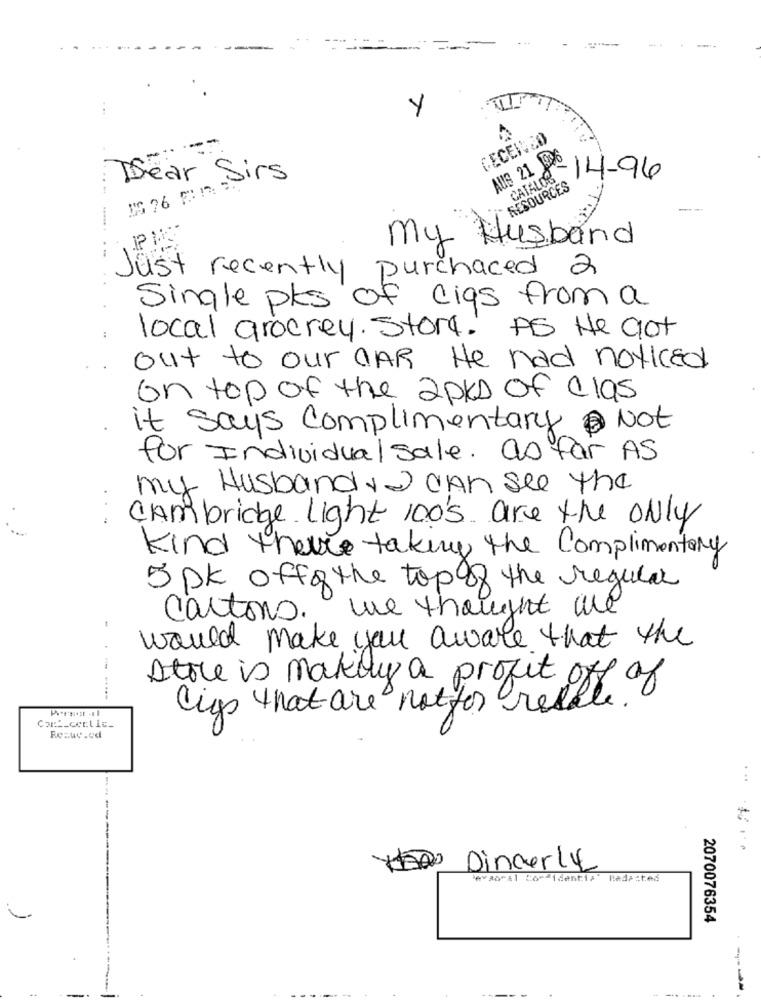
Y
CECEIN20
AUS 21 906
Dear Sirs
CATALOG
14-96
RESOURCES
my Husband
--
Just recently purchased 2
Single pks of cigs from a
local grocrey. Store. As He got
out to our CAR He had noticed
on top of the 2 pks of clas
it says complimentary @ Not
for Individual sale. as far AS
my Husband,I CAN see the
Cambridge Light 100's are the only
Kind therre taking the Complimentary
5 DK offfthe top of the regular
cartons. we thought we
would make you aware that the
Store is makey a projet off of
Cigs that are notfor resale.
Resuc.ed
...
Dincerly
evaoral Cordidentis' Redacted
2070076354